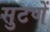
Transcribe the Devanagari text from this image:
सुटणें